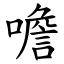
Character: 噡